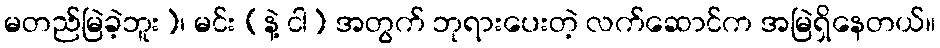
မတည်မြဲခဲ့ဘူး)၊ မင်း (နဲ့ ငါ) အတွက် ဘုရားပေးတဲ့ လက်ဆောင်က အမြဲရှိနေတယ်။